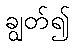
ချွတ်၍